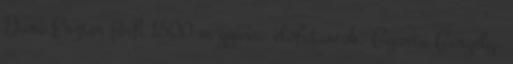
Dara Eszter férfi 1500 m gyors, előfutamok, Gyurta Gergely,